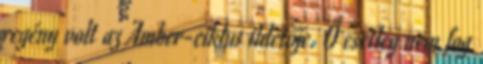
regény volt az Amber-ciklus ihletője. Ő esetleg nem fog